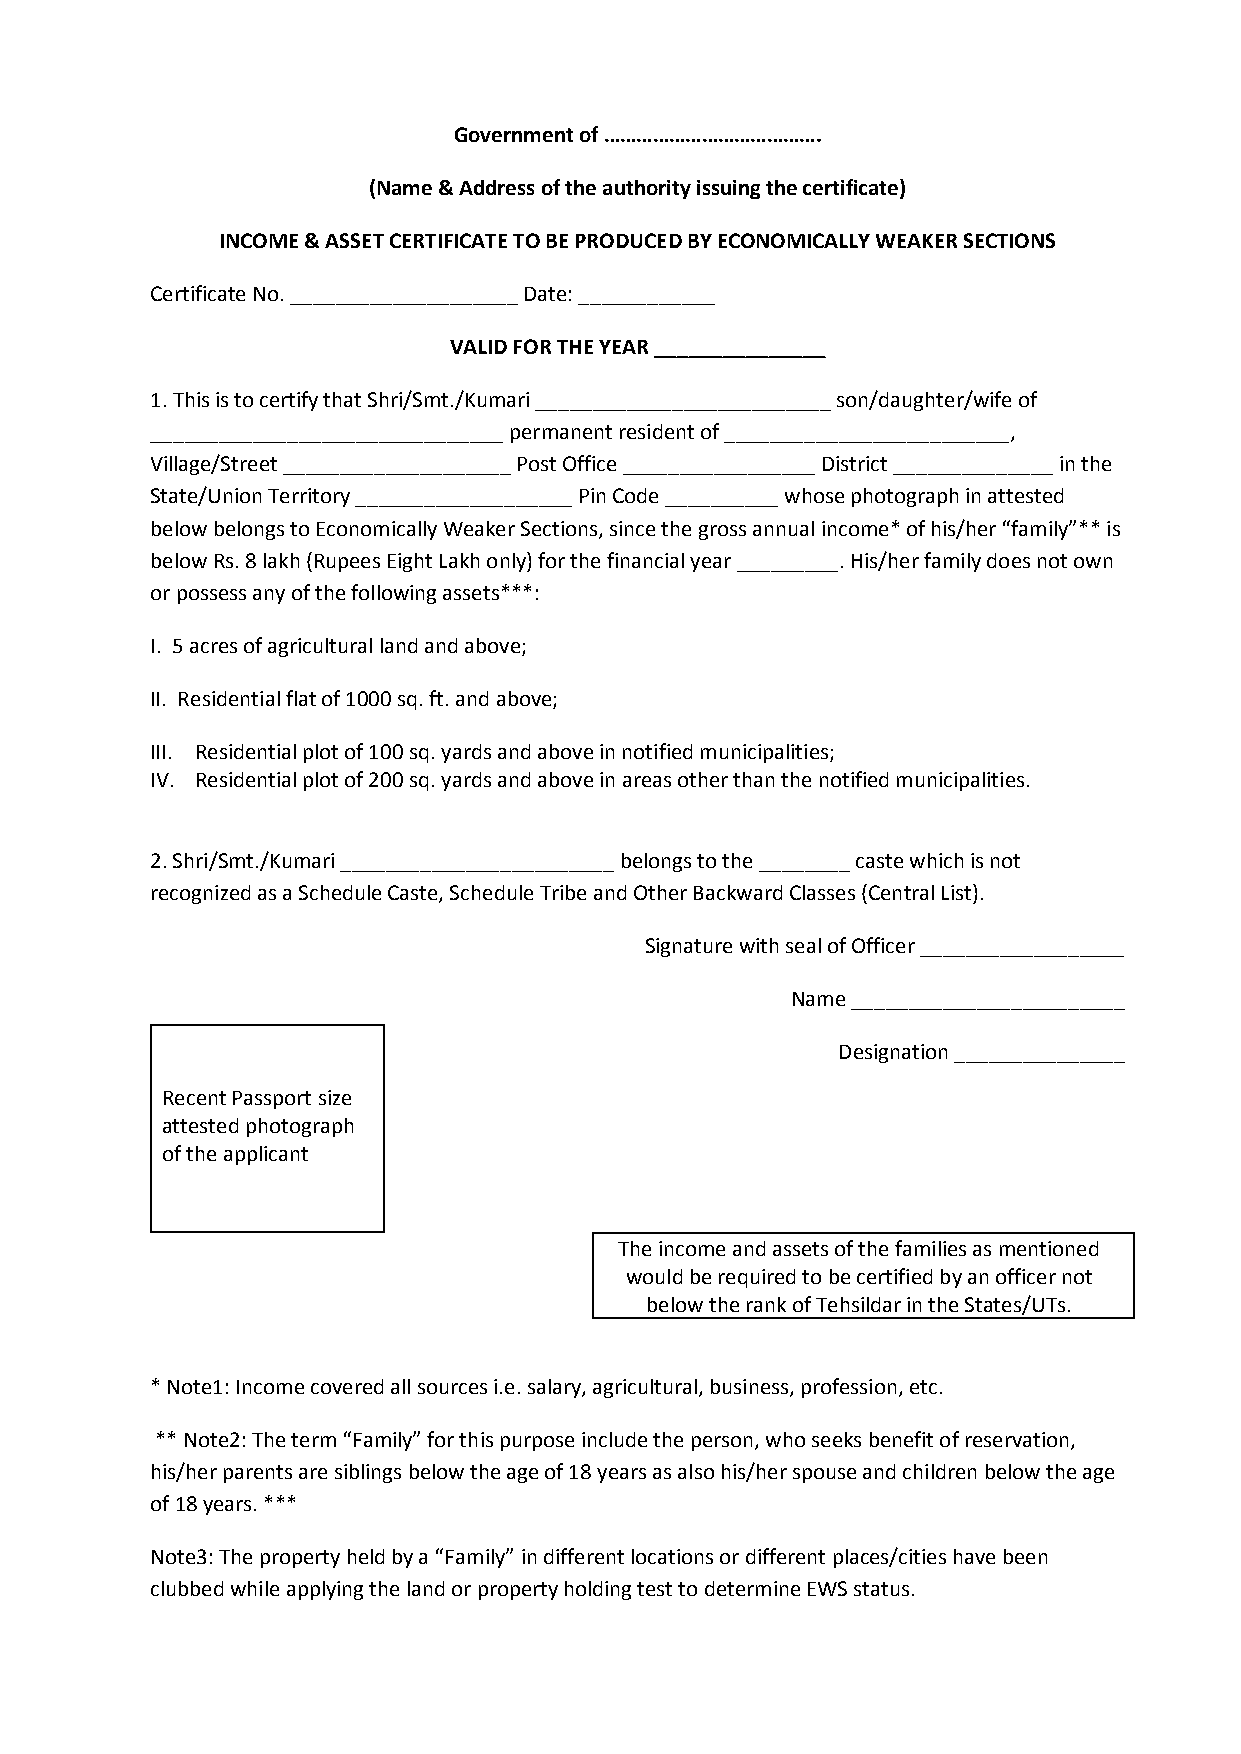
Government of ………………………………….
 (Name & Address of the authority issuing the certificate)
 INCOME & ASSET CERTIFICATE TO BE PRODUCED BY ECONOMICALLY WEAKER SECTIONS
 Certificate No. ____________________ Date: ____________
 VALID FOR THE YEAR _______________
 1. This is to certify that Shri/Smt./Kumari __________________________ son/daughter/wife of
 _______________________________ permanent resident of _________________________,
 Village/Street ____________________ Post Office _________________ District ______________ in the
 State/Union Territory ___________________ Pin Code __________ whose photograph in attested
 below belongs to Economically Weaker Sections, since the gross annual income* of his/her “family”** is
 below Rs. 8 lakh (Rupees Eight Lakh only) for the financial year _________. His/her family does not own
 or possess any of the following assets***:
 I. 5 acres of agricultural land and above;
 II. Residential flat of 1000 sq. ft. and above;
 III. Residential plot of 100 sq. yards and above in notified municipalities;
 IV. Residential plot of 200 sq. yards and above in areas other than the notified municipalities.
 2. Shri/Smt./Kumari ________________________ belongs to the ________ caste which is not
 recognized as a Schedule Caste, Schedule Tribe and Other Backward Classes (Central List).
 Signature with seal of Officer __________________
 Name ________________________
 Designation _______________
 Recent Passport size
 attested photograph
 of the applicant
 The income and assets of the families as mentioned
 would be required to be certified by an officer not
 below the rank of Tehsildar in the States/UTs.
 * Note1: Income covered all sources i.e. salary, agricultural, business, profession, etc.
 ** Note2: The term “Family” for this purpose include the person, who seeks benefit of reservation,
 his/her parents are siblings below the age of 18 years as also his/her spouse and children below the age
 of 18 years. ***
 Note3: The property held by a “Family” in different locations or different places/cities have been
 clubbed while applying the land or property holding test to determine EWS status.